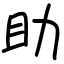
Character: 助